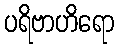
ပရိဗာဟိရော